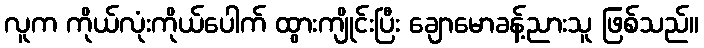
လူက ကိုယ်လုံးကိုယ်ပေါက် ထွားကျိုင်းပြီး ချောမောခန့်ညားသူ ဖြစ်သည်။